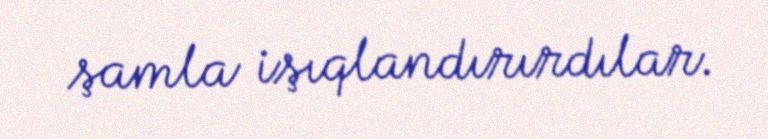
şamla işıqlandırırdılar.